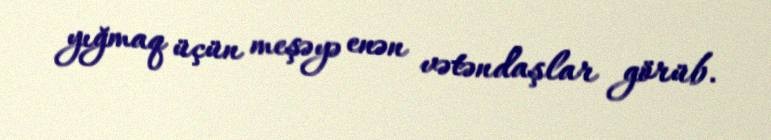
yığmaq üçün meşəyə enən vətəndaşlar görüb.